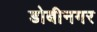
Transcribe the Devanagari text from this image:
डोबीनगर